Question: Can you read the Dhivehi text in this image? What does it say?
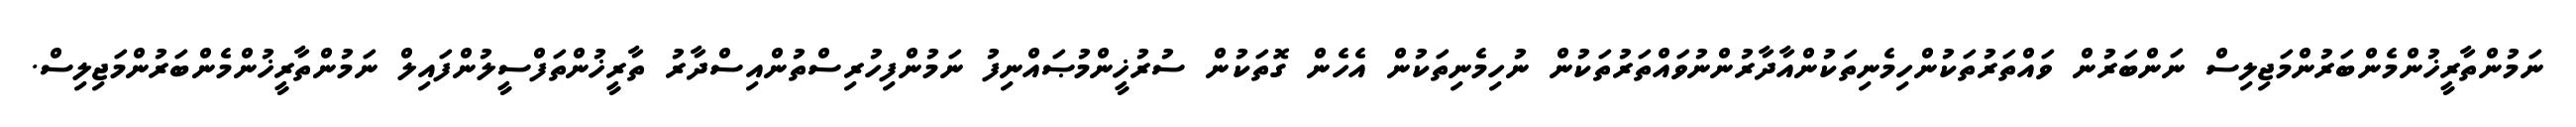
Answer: ނަމުންތާރީޚުންމެންބަރުންމަޖިލިސް ނަންބަރުން ވައްތަރުތަކުންހިމެނިތަކުންއާދާރުންނުވައްތަރުތަކުން ނުހިމެނިތަކުން އެހެން ގޮތަކުން ސުރުޚީންމުޞައްނިފު ނަމުންފިހުރިސްތުންއިސްދާރު ތާރީޚުންތަފްސީލުންފައިލް ނަމުންތާރީޚުންމެންބަރުންމަޖިލިސް.